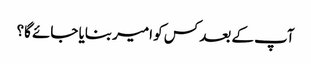
آپ کے بعد کس کو امیر بنایا جائے گا؟